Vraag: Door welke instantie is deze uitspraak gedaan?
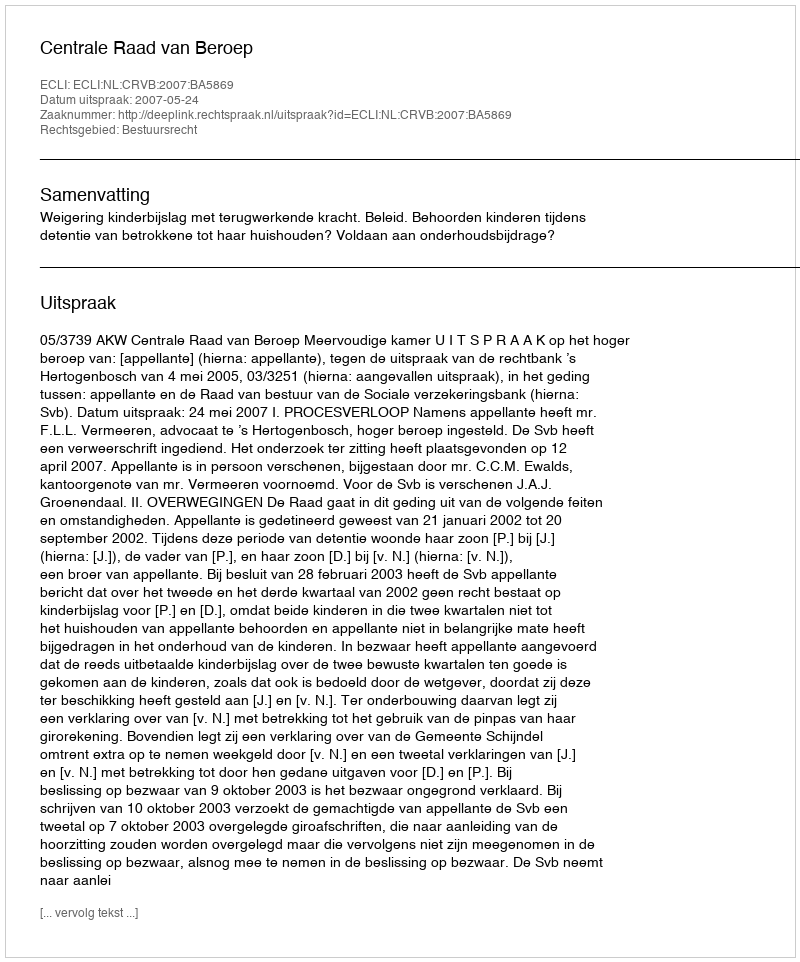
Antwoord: Centrale Raad van Beroep